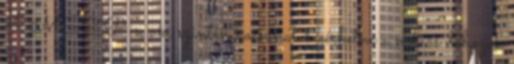
4 MSZP-s, aki szintén bocsánatot kérhetne a nokiás dobozok